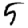
Digit: 5